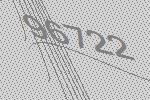
96722